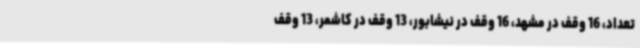
تعداد، 16 وقف در مشهد، 16 وقف در نیشابور، 13 وقف در کاشمر، 13 وقف